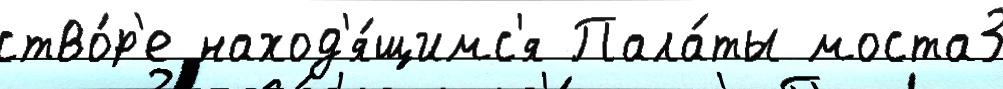
ство́р'е наход'я́щимс'я Пала́ты моста3